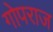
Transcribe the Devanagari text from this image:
गोपराज